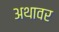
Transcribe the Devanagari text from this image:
अथावर